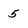
Character: 5